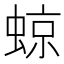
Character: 𧌬